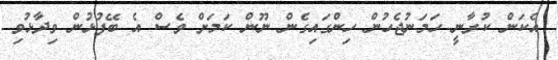
އެކަން ކުރާނީ ހަމަނުޖެހުން ހިންގައިގެން ނޫން ކަމަށް ވެސް އެ ބޭފުޅުން ވިދާޅުވި